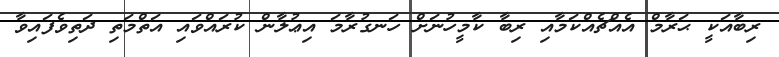
ރިބާއަކީ ޙަރާމް އެއްޗެއްކަމާއި ރިބާ ކާމީހުނަށް ހަނގުރާމަ އިޢުލާން ކުރައްވައި އަތްމަތި ދަތިވެފައިވާ